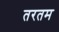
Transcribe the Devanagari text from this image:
तरतम